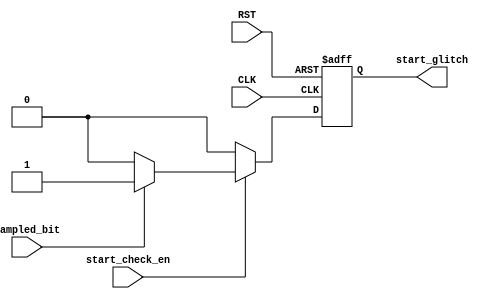
module START_CHECK (
    input wire          start_check_en ,
    input wire          sampled_bit ,
    input wire          CLK , RST ,
    output reg         start_glitch 
);

wire temp ;

assign temp = start_check_en? ((!sampled_bit)? 1'b0 : 1'b1 ) : 1'b0;

always @(posedge CLK or negedge RST ) begin
   if (!RST) begin
    start_glitch <= 1'b0 ;
   end else begin
    start_glitch <= temp ;
   end 
end

    
endmodule